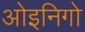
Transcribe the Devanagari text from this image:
ओइनिगो